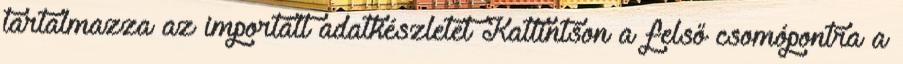
tartalmazza az importált adatkészletet Kattintson a felső csomópontra a